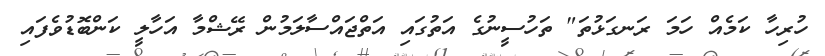
ހުރިހާ ކަމެއް ހަމަ ރަނގަޅުތަ" ތަހުސީނުގެ އަތުގައި އަތްޖައްސާލަމުން ރޭޝްމާ އަހާލީ ކަންބޮޑުވެފައި